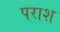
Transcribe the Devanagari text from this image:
पराश